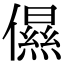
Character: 儑